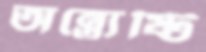
অন্ত্যেষ্টি